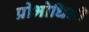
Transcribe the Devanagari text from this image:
प्रोभोधिनी